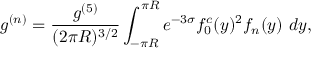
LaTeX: g ^ { ( n ) } = \frac { g ^ { ( 5 ) } } { ( 2 \pi R ) ^ { 3 / 2 } } \int _ { - \pi R } ^ { \pi R } e ^ { - 3 \sigma } f _ { 0 } ^ { c } ( y ) ^ { 2 } f _ { n } ( y ) ~ d y ,